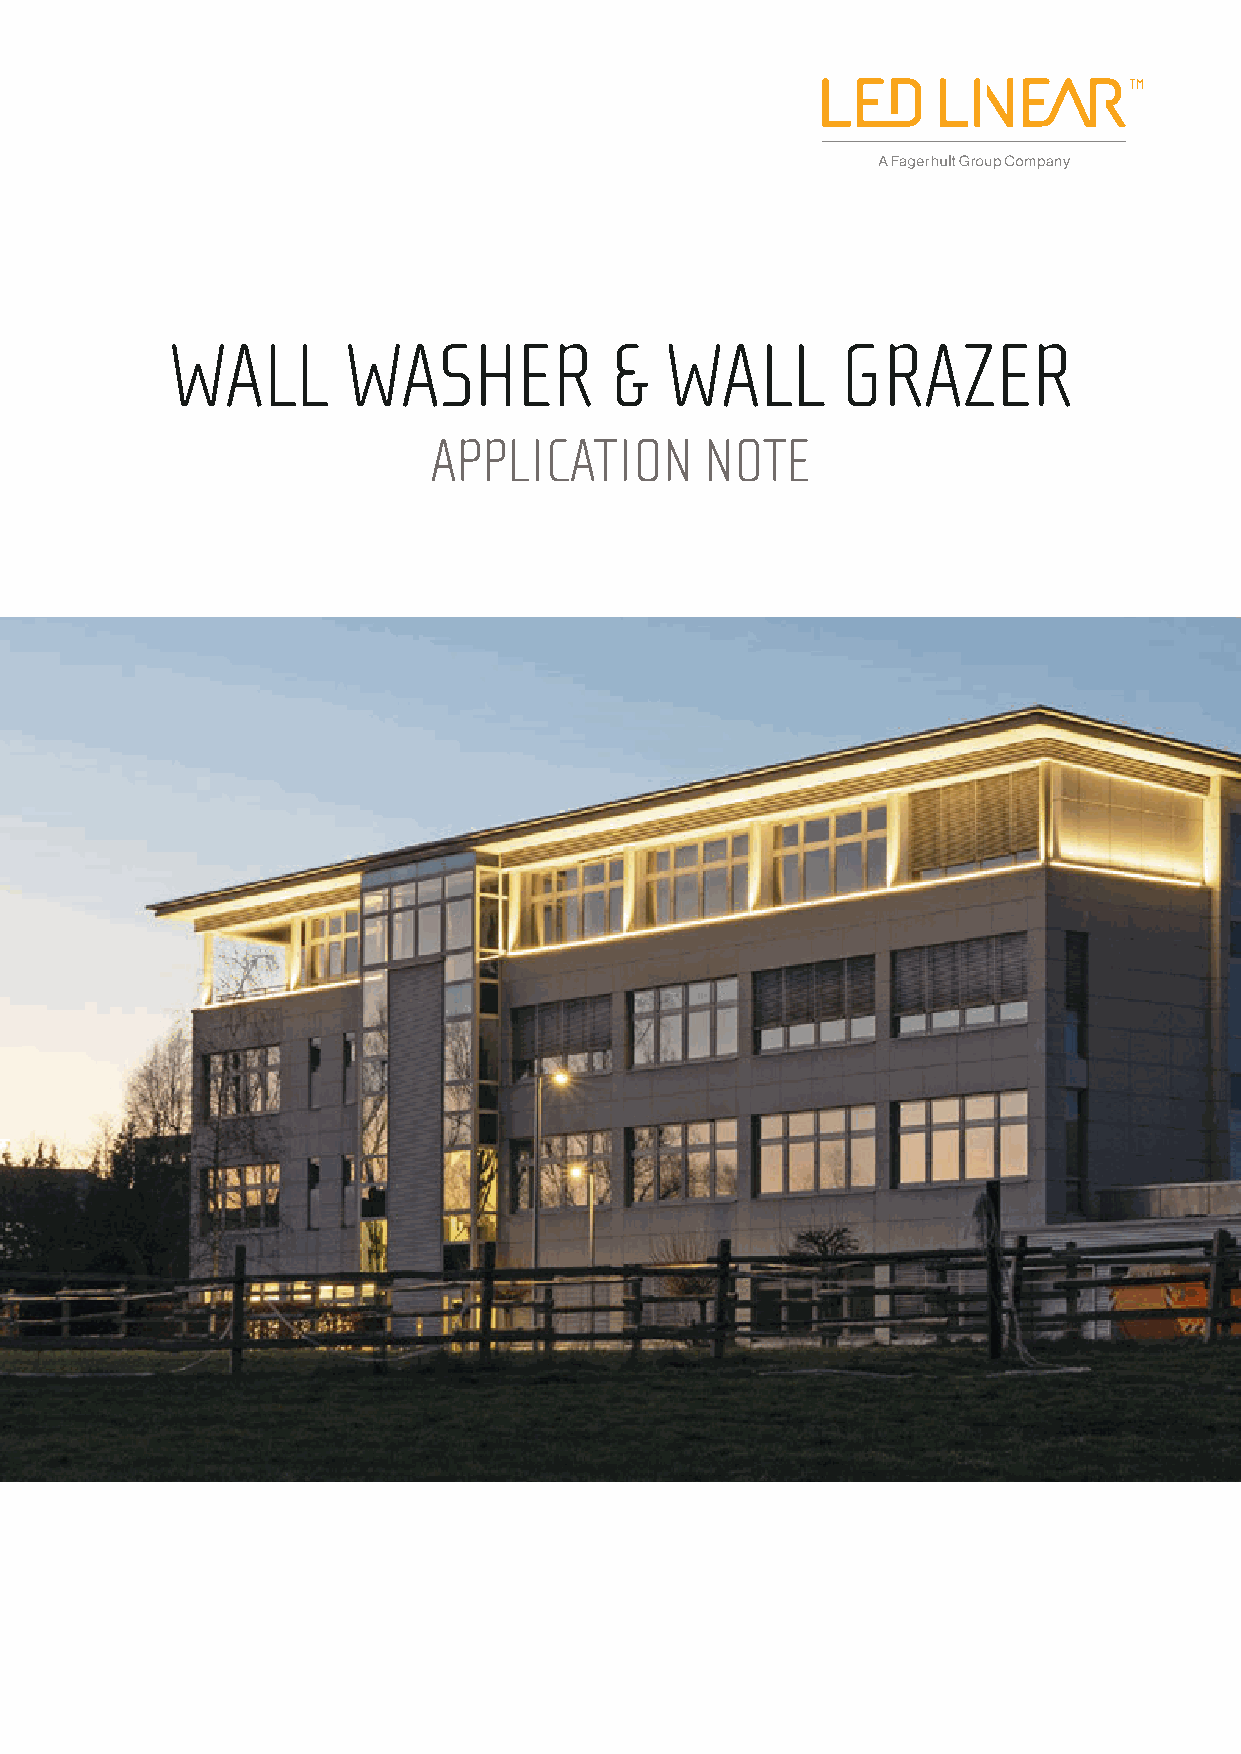
WALL        WASHER           &   WALL        GRAZER
 APPLICATION        NOTE